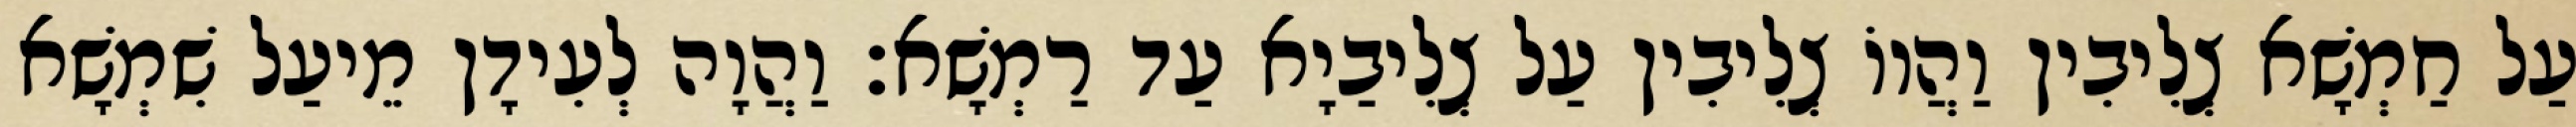
עַל חַמְשָׁא צְלִיבִין וַהֲווֹ צְלִיבִין עַל צְלִיבַיָא עַד רַמְשָׁא׃ וַהֲוָה לְעִידָן מֵיעַל שִׁמְשָׁא